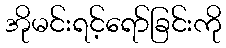
အိုမင်းရင့်ရော်ခြင်းကို